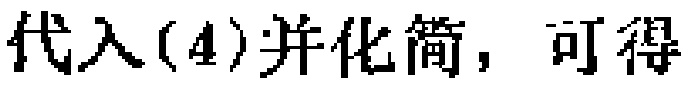
代入(4)并化简，可得